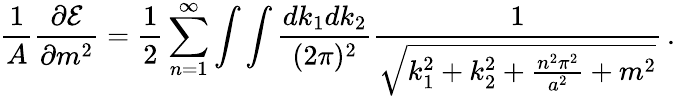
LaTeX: {\frac{1}{A}}{\frac{\partial{\cal E}}{\partial m^{2}}}={\frac{1}{2}}\sum_{n=1}^{\infty}\int\int{\frac{dk_{1}dk_{2}}{(2\pi)^{2}}}{\frac{1}{\sqrt{k_{1}^{2}+k_{2}^{2}+{\frac{n^{2}\pi^{2}}{a^{2}}}+m^{2}}}}\, .